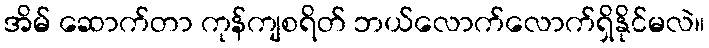
အိမ် ဆောက်တာ ကုန်ကျစရိတ် ဘယ်လောက်လောက်ရှိနိုင်မလဲ။